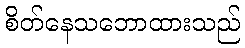
စိတ်နေသဘောထားသည်